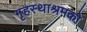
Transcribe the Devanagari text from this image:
गृहस्थाश्रमको